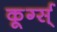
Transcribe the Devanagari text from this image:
कूर्ग्स्